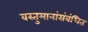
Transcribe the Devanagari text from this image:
वस्तुमानांसंबंधित